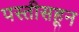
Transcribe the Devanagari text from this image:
पस्‍तीसहून